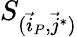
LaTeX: S_{(\vec{i}_{P},\vec{j}^{*})}